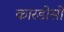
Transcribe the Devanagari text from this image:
कारडोसों